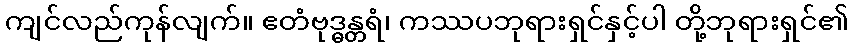
ကျင်လည်ကုန်လျက်။ ဧတံဗုဒ္ဓန္တရံ၊ ကဿပဘုရားရှင်နှင့်ပါ တို့ဘုရားရှင်၏